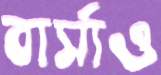
বার্সাও